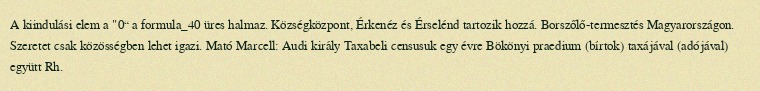
A kiindulási elem a "0“ a formula_40 üres halmaz. Községközpont, Érkenéz és Érselénd tartozik hozzá. Borszőlő-termesztés Magyarországon. Szeretet csak közösségben lehet igazi. Mató Marcell: Audi király Taxabeli censusuk egy évre Bökönyi praedium (bírtok) taxájával (adójával) együtt Rh.